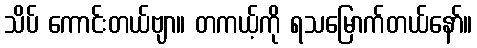
သိပ် ကောင်းတယ်ဗျာ။ တကယ့်ကို ရသမြောက်တယ်နော်။